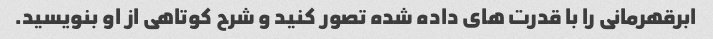
ابرقهرمانی را با قدرت های داده شده تصور کنید و شرح کوتاهی از او بنویسید.